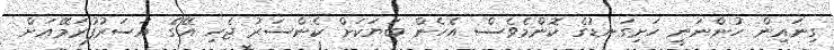
ގިނައިން ހުންނަނީ ހަށިގަނޑުގެ ކޮންމެވެސް އެހެން ބަޔަކަށް ކެންސަރު ޖެހި އޭގެ އަސަރުފުރަމޭއަށް